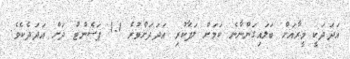
އަދަދަކީ މީރާއަށް ބަލައިގަންނާނެ ކަމަށް ލަފާކުރި އަދަދަށްވުރެ 1.1 ޕަސެންޓު ދަށް އަދަދެކެވެ.